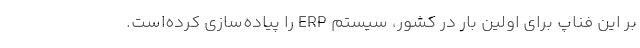
بر این فناپ برای اولین بار در کشور، سیستم ERP را پیاده‌سازی کرده‌است.